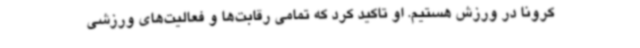
کرونا در ورزش هستیم. او تاکید کرد که تمامی رقابت‌ها و فعالیت‌های ورزشی